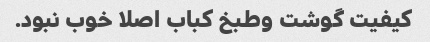
کیفیت گوشت وطبخ کباب اصلا خوب نبود.